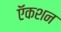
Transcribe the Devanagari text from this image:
ऍकशन